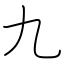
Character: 九